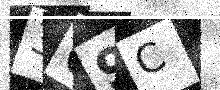
Text: 309C